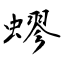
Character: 蟉